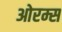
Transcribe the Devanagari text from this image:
ओरम्स